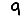
Digit: 9